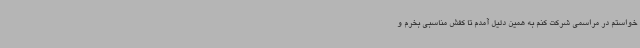
‌خواستم در مراسمی شرکت کنم به همین دلیل آمدم تا کفش مناسبی بخرم و